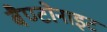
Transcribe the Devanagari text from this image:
बैण्टोनाइट